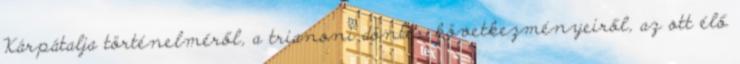
Kárpátalja történelméről, a trianoni döntés következményeiről, az ott élő